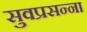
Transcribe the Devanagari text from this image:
सुवप्रसन्ना